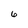
Character: 6